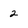
Character: 2